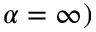
\alpha = \infty )